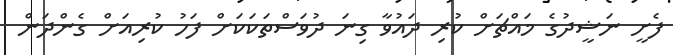
ފެށީ ނަޝީދުގެ މައްޗަށް ކުރި ދައުވާ ގިނަ ދުވަސްތަކަކަށް ފަހު ކުރިއަށް ގެންދަން